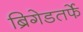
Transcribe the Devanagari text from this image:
ब्रिगेडतर्फे